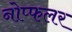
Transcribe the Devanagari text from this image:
नोप्फलर